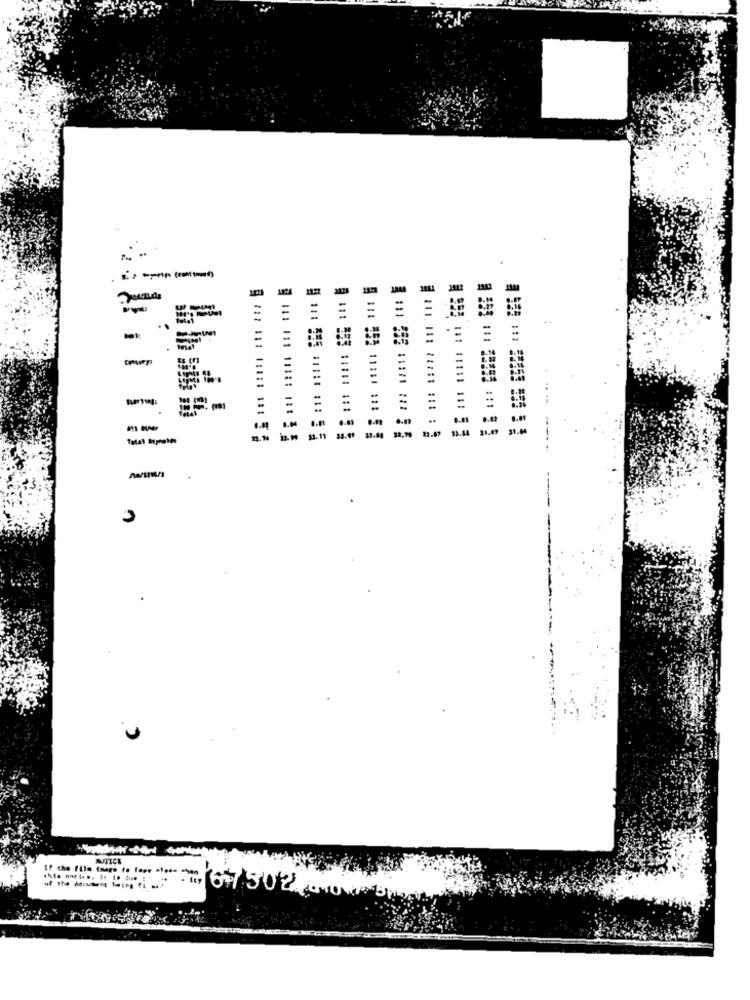
:
..
31.
Total Mışhele
@11: 181 10181 1 :: 3 5
2.4
د